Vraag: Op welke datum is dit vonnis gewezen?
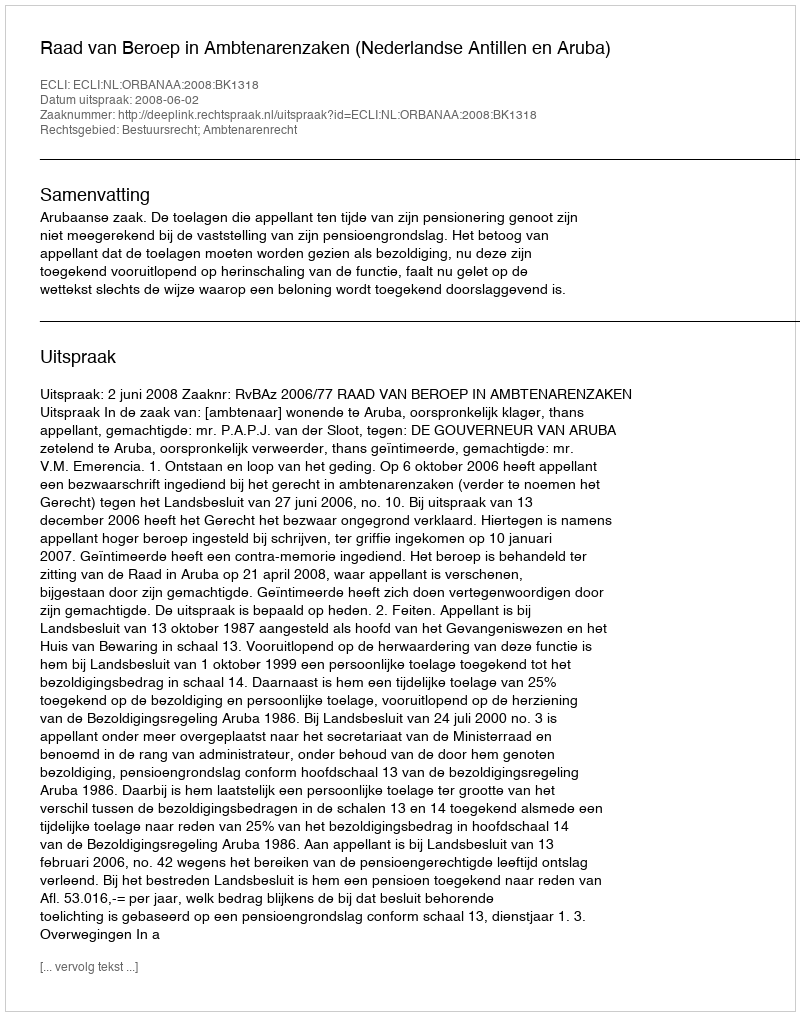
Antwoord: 2008-06-02